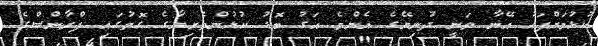
ކުޅުމަށްފަހު އޭނާ ވަނީ ދުނިޔޭގެ އެންމެ އަގު ބޮޑު ކުޅުންތެރިޔާގެ ގޮތުގައި ފްރާންސްގެ